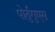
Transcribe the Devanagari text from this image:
पोर्तुगुएस